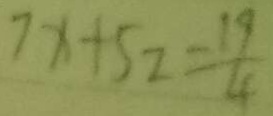
7 x + 5 2 = \frac { 1 9 } { 4 }